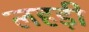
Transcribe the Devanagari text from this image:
लहड़ी